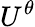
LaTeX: U^{\theta}